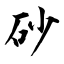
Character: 砂